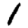
Digit: 1